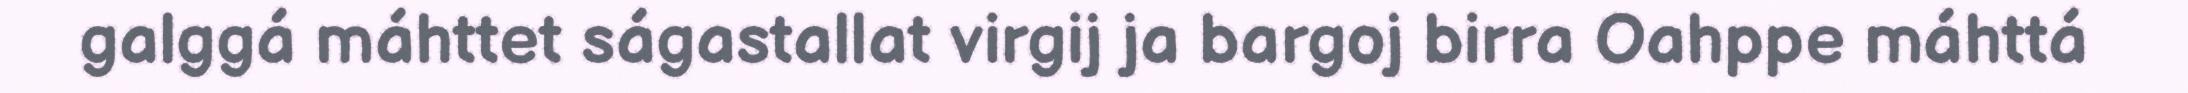
galggá máhttet ságastallat virgij ja bargoj birra Oahppe máhttá